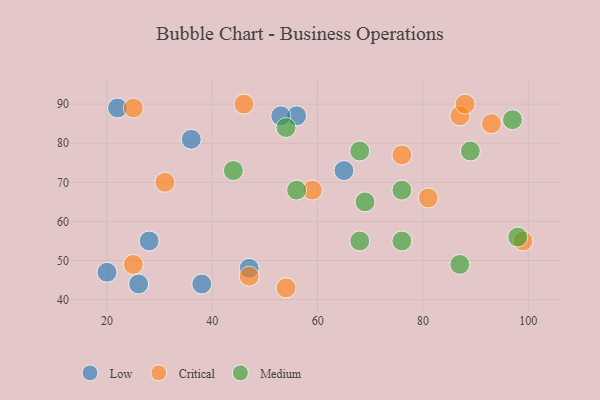
{"axis": {"x": "GDP", "y": "Life Expectancy"}, "legend": ["Critical", "Low", "Medium"], "data": [{"x": "20", "y": 47, "type": "Low"}, {"x": "47", "y": 48, "type": "Low"}, {"x": "22", "y": 89, "type": "Low"}, {"x": "28", "y": 55, "type": "Low"}, {"x": "56", "y": 87, "type": "Low"}, {"x": "36", "y": 81, "type": "Low"}, {"x": "38", "y": 44, "type": "Low"}, {"x": "26", "y": 44, "type": "Low"}, {"x": "53", "y": 87, "type": "Low"}, {"x": "65", "y": 73, "type": "Low"}, {"x": "25", "y": 49, "type": "Critical"}, {"x": "25", "y": 89, "type": "Critical"}, {"x": "87", "y": 87, "type": "Critical"}, {"x": "81", "y": 66, "type": "Critical"}, {"x": "59", "y": 68, "type": "Critical"}, {"x": "76", "y": 77, "type": "Critical"}, {"x": "47", "y": 46, "type": "Critical"}, {"x": "88", "y": 90, "type": "Critical"}, {"x": "54", "y": 43, "type": "Critical"}, {"x": "93", "y": 85, "type": "Critical"}, {"x": "99", "y": 55, "type": "Critical"}, {"x": "31", "y": 70, "type": "Critical"}, {"x": "46", "y": 90, "type": "Critical"}, {"x": "68", "y": 55, "type": "Medium"}, {"x": "87", "y": 49, "type": "Medium"}, {"x": "76", "y": 68, "type": "Medium"}, {"x": "54", "y": 84, "type": "Medium"}, {"x": "69", "y": 65, "type": "Medium"}, {"x": "98", "y": 56, "type": "Medium"}, {"x": "76", "y": 55, "type": "Medium"}, {"x": "97", "y": 86, "type": "Medium"}, {"x": "44", "y": 73, "type": "Medium"}, {"x": "56", "y": 68, "type": "Medium"}, {"x": "89", "y": 78, "type": "Medium"}, {"x": "68", "y": 78, "type": "Medium"}]}